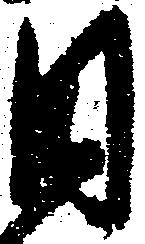
目